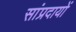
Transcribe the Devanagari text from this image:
सांप्रदायों